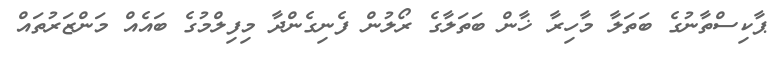
ޕާކިސްތާނުގެ ބަތަލާ މާހިރާ ޚާން ބަތަލާގެ ރޯލުން ފެނިގެންދާ މިފިލްމުގެ ބައެއް މަންޒަރުތައް